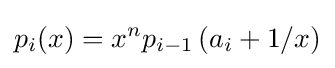
p_{i}(x)=x^{n}p_{i-1}\left(a_{i}+1/x\right)